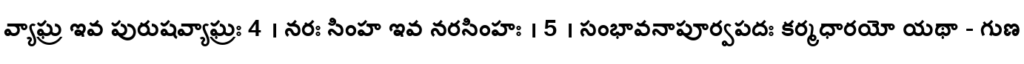
వ్యాఘ్ర ఇవ పురుషవ్యాఘ్రః 4 । నరః సింహ ఇవ నరసింహః । 5 । సంభావనాపూర్వపదః కర్మధారయో యథా - గుణ